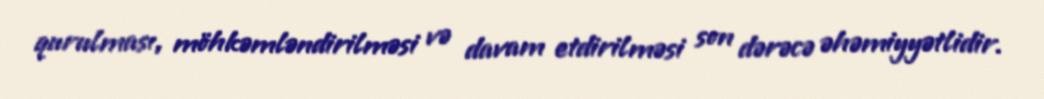
qurulması, möhkəmləndirilməsi və davam etdirilməsi son dərəcə əhəmiyyətlidir.